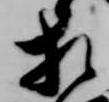
相